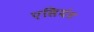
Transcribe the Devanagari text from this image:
एसियंट